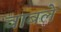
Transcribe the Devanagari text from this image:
वाबले